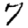
Digit: 7